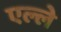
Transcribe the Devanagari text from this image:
एल्ले